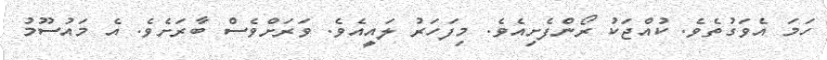
ހަމަ އެވަގުތެވެ. ކުއްޖަކު ރޯންފެށިއެވެ. މިފަހަރު ލައީއެވެ. ވަރަށްވެސް ބާރަށެވެ. އެ މައުސޫމު